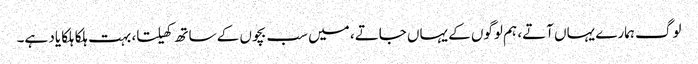
لوگ ہمارے یہاں آتے، ہم لوگوں کے یہاں جاتے، میں سب بچوں کے ساتھ کھیلتا، بہت ہلکا ہلکا یاد ہے۔